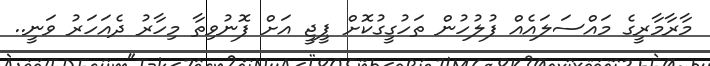
މާރާމާރީގެ މައްސަލައެއް ފުލުހުން ތަހުގީގުކޮށް ޕީޖީ އަށް ފޮނުވިތާ މިހާރު ދެއަހަރު ވަނީ..